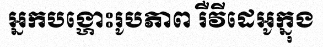
អ្នកបង្ហោះរូបភាព រឺវីដេអូក្នុង